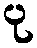
ပု